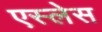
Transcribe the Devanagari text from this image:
एस्लेस